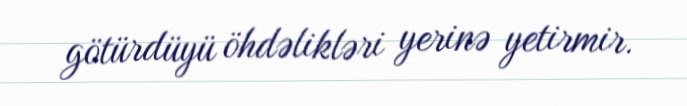
götürdüyü öhdəlikləri yerinə yetirmir.